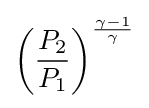
\left({\frac {P_{2}}{P_{1}}}\right)^{\frac {\gamma -1}{\gamma }}